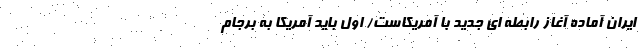
ایران آماده آغاز رابطه ای جدید با آمریکاست/ اول باید آمریکا به برجام